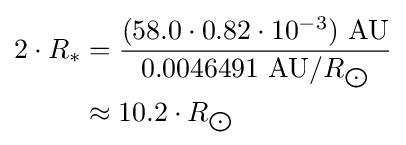
{\begin{aligned}2\cdot R_{*}&={\frac {(58.0\cdot 0.82\cdot 10^{-3})\ {\text{AU}}}{0.0046491\ {\text{AU}}/R_{\bigodot }}}\\&\approx 10.2\cdot R_{\bigodot }\end{aligned}}